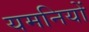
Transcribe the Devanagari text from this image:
यमनियों